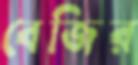
বেজির